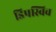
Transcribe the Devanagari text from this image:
डिपस्विच